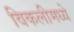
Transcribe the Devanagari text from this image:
विकलीमध्ये